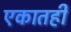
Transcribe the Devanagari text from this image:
एकातही